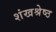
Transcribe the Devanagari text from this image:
शंखश्रेष्ठ